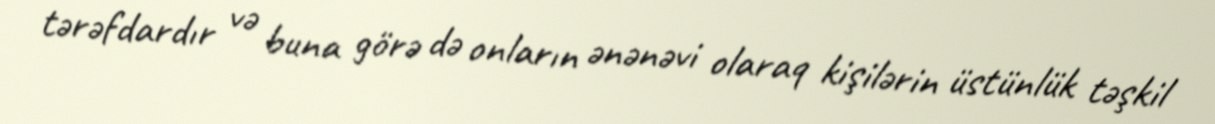
tərəfdardır və buna görə də onların ənənəvi olaraq kişilərin üstünlük təşkil